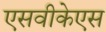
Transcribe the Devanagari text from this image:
एसवीकेएस